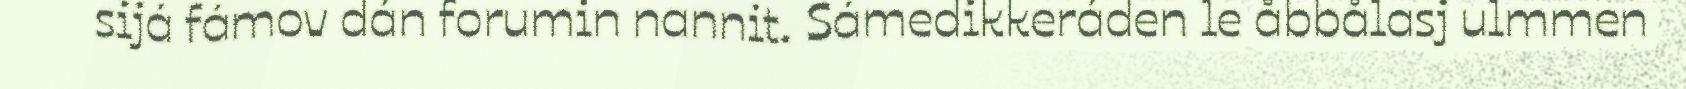
sijá fámov dán forumin nannit. Sámedikkeráden le åbbålasj ulmmen